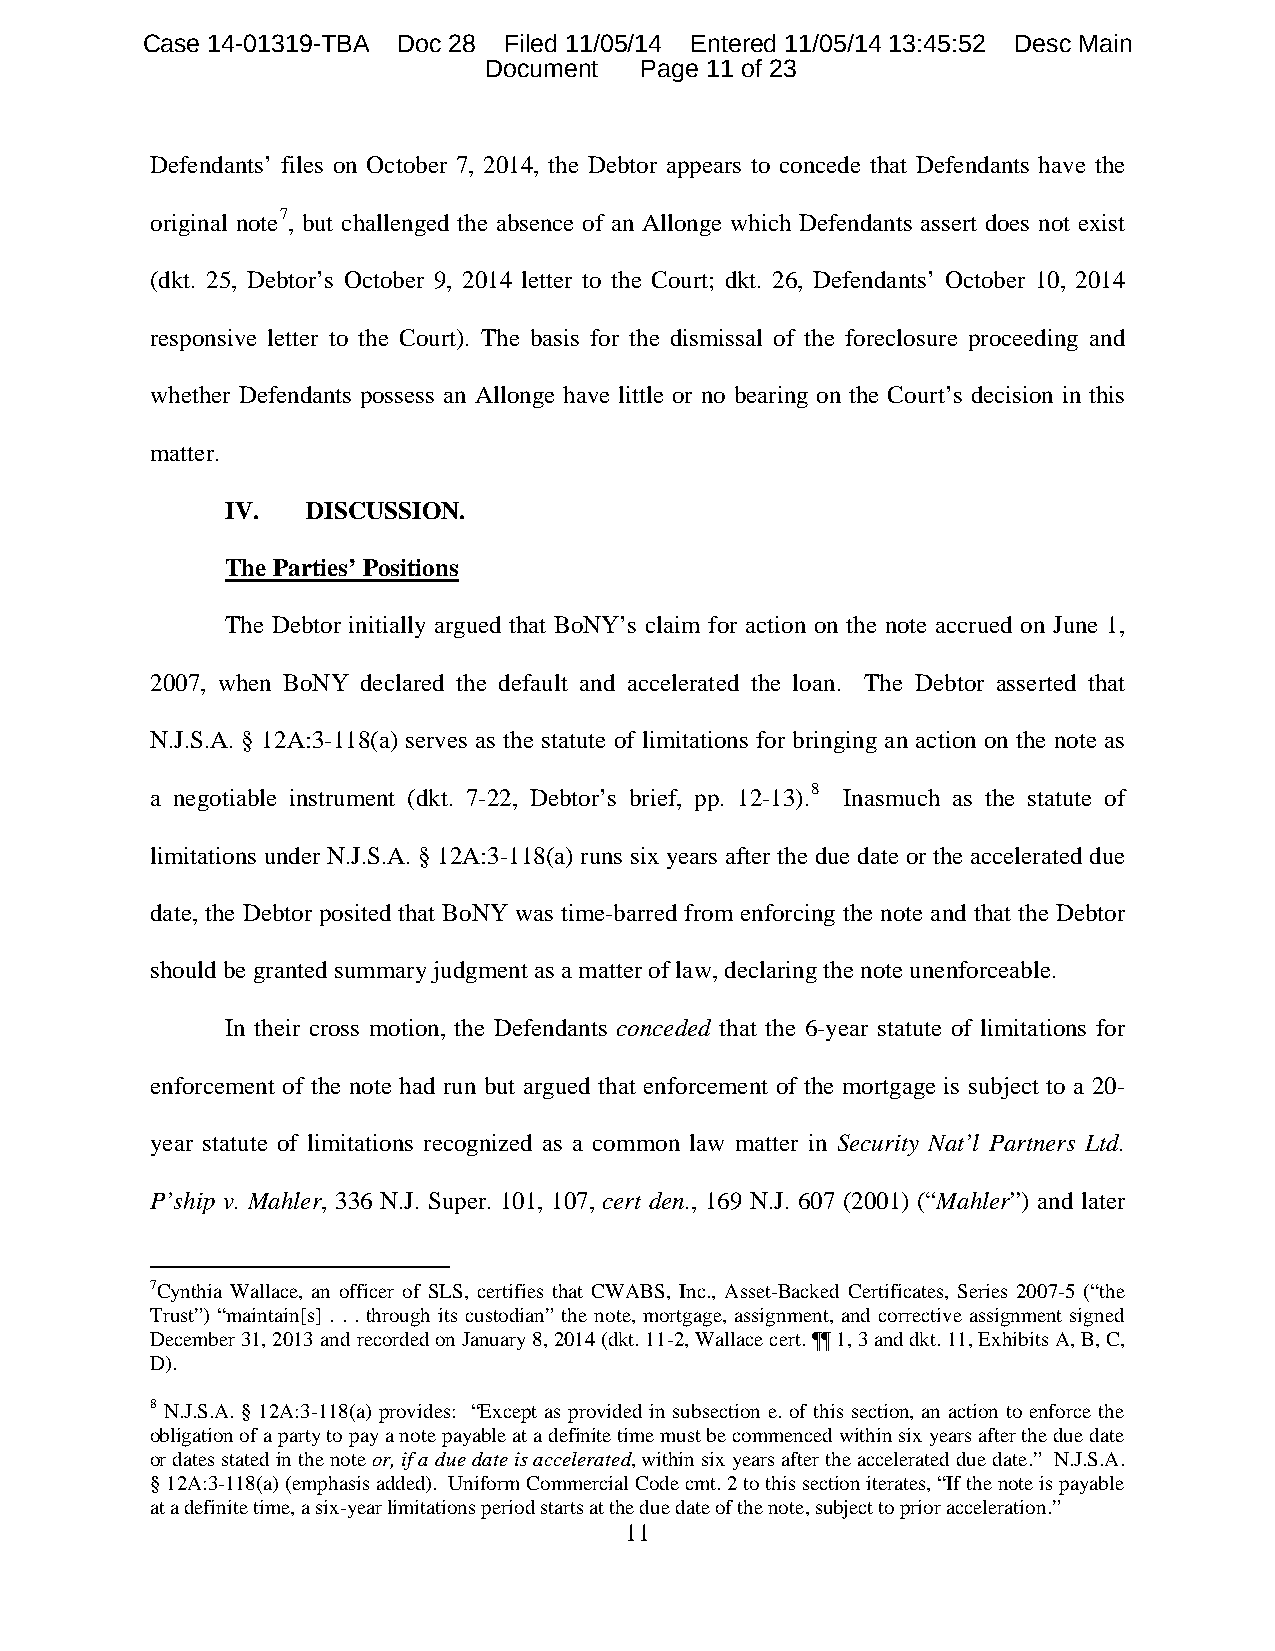
Case 14-01319-TBA Doc 28 Filed 11/05/14 Entered 11/05/14 13:45:52 Desc Main
 Document  Page 11 of 23
 Defendants’ files on October 7, 2014, the Debtor appears to concede that Defendants have the
 original note7, but challenged the absence of an Allonge which Defendants assert does not exist
 (dkt. 25, Debtor’s October 9, 2014 letter to the Court; dkt. 26, Defendants’ October 10, 2014
 responsive letter to the Court). The basis for the dismissal of the foreclosure proceeding and
 whether Defendants possess an Allonge have little or no bearing on the Court’s decision in this
 matter.
 IV.  DISCUSSION.
 The Parties’ Positions
 The Debtor initially argued that BoNY’s claim for action on the note accrued on June 1,
 2007, when BoNY declared the default and accelerated the loan. The Debtor asserted that
 N.J.S.A. § 12A:3-118(a) serves as the statute of limitations for bringing an action on the note as
 a negotiable instrument (dkt. 7-22, Debtor’s brief, pp. 12-13).8 Inasmuch as the statute of
 limitations under N.J.S.A. § 12A:3-118(a) runs six years after the due date or the accelerated due
 date, the Debtor posited that BoNY was time-barred from enforcing the note and that the Debtor
 should be granted summary judgment as a matter of law, declaring the note unenforceable.
 In their cross motion, the Defendants conceded that the 6-year statute of limitations for
 enforcement of the note had run but argued that enforcement of the mortgage is subject to a 20-
 year statute of limitations recognized as a common law matter in Security Nat’l Partners Ltd.
 P’ship v. Mahler, 336 N.J. Super. 101, 107, cert den., 169 N.J. 607 (2001) (“Mahler”) and later
 7Cynthia Wallace, an officer of SLS, certifies that CWABS, Inc., Asset-Backed Certificates, Series 2007-5 (“the
 Trust”) “maintain[s] . . . through its custodian” the note, mortgage, assignment, and corrective assignment signed
 December 31, 2013 and recorded on January 8, 2014 (dkt. 11-2, Wallace cert. ¶¶ 1, 3 and dkt. 11, Exhibits A, B, C,
 D).
 8 N.J.S.A. § 12A:3-118(a) provides: “Except as provided in subsection e. of this section, an action to enforce the
 obligation of a party to pay a note payable at a definite time must be commenced within six years after the due date
 or dates stated in the note or, if a due date is accelerated, within six years after the accelerated due date.” N.J.S.A.
 § 12A:3-118(a) (emphasis added). Uniform Commercial Code cmt. 2 to this section iterates, “If the note is payable
 at a definite time, a six-year limitations period starts at the due date of the note, subject to prior acceleration.”
 11